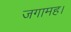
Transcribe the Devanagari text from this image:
जगामह।